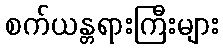
စက်ယန္တရားကြီးများ